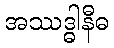
အဿဒ္ဓါနီဓ